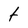
Character: t